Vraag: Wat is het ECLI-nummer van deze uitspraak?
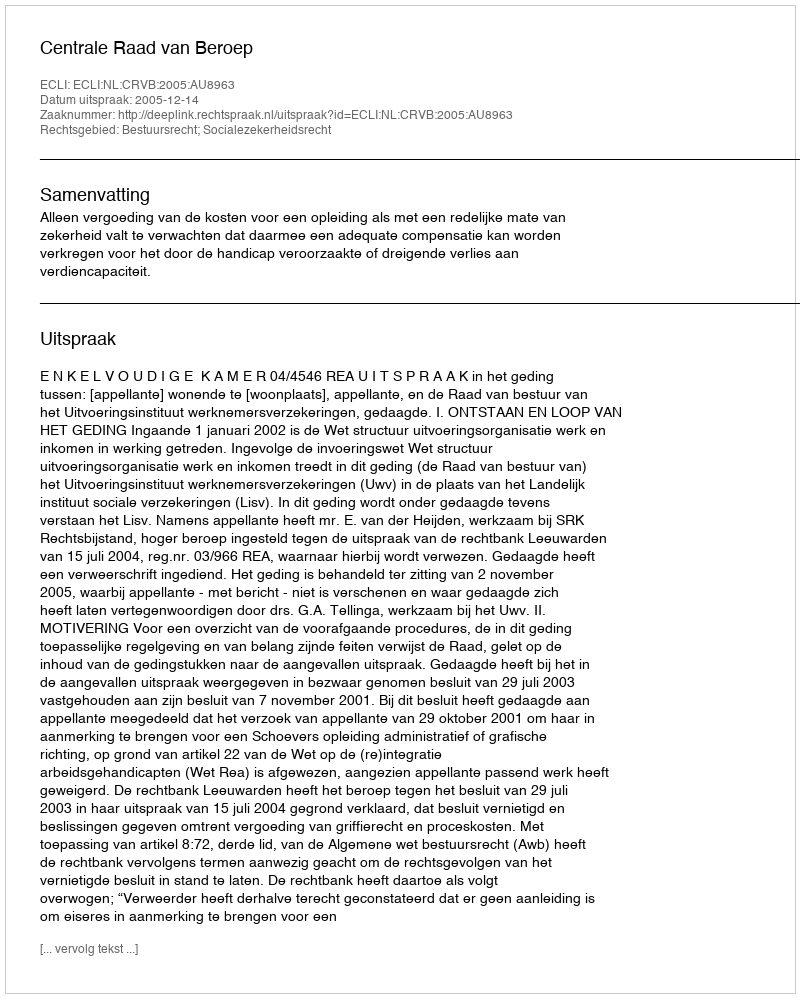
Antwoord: ECLI:NL:CRVB:2005:AU8963